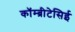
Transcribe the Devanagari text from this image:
कॉम्ब्रीटेसिई